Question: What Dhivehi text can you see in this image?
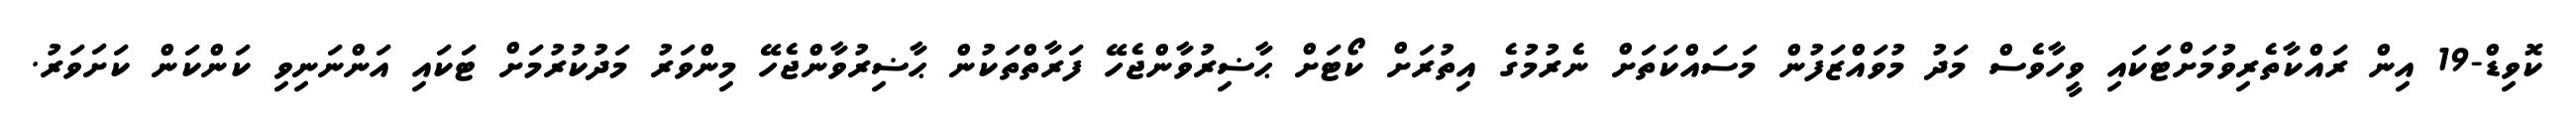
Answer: ކޮވިޑް-19 އިން ރައްކާތެރިވުމަށްޓަކައި ވީހާވެސް މަދު މުވައްޒަފުން މަސައްކަތަށް ނެރުމުގެ އިތުރަށް ކޯޓަށް ޙާޟިރުވާންޖެހޭ ފަރާތްތަކުން ޙާޟިރުވާންޖެހޭ މިންވަރު މަދުކުރުމަށް ޓަކައި އަންނަނިވި ކަންކަން ކަށަވަރު.